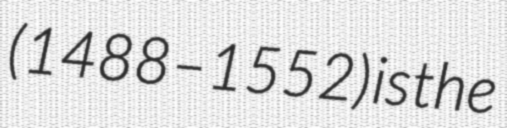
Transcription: (1488–1552) is the